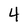
Character: 4